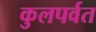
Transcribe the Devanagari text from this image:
कुलपर्वत